Medical and sanitary report on the native army of Bombay for the year
Year: 1879
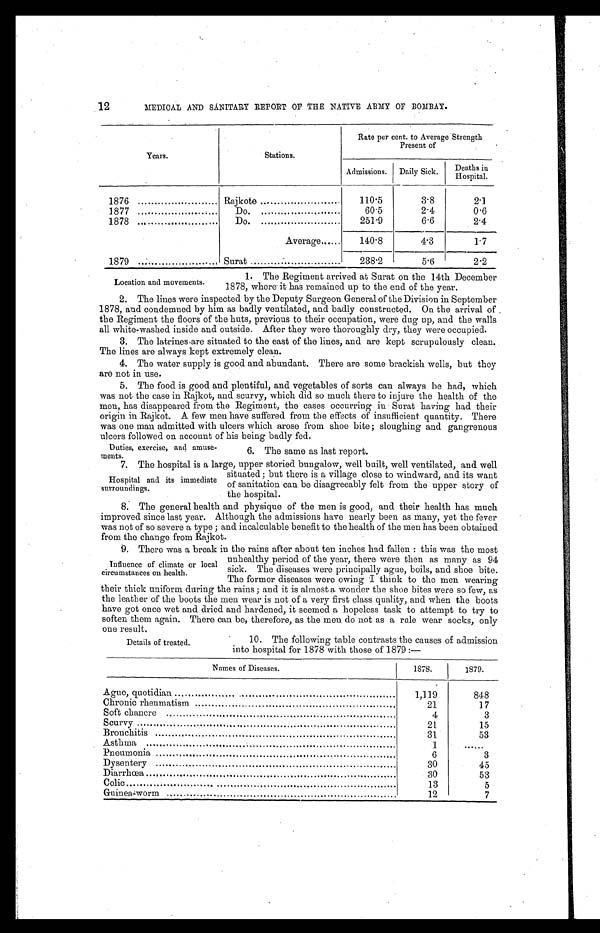
12
MEDICAL AND SANITARY REPORT OF THE NATIVE ARMY OF BOMBAY.
Years.
Stations.
Rate per cent. to Average Strength
Present of
Admissions. Daily Sick.
D e a t h s
i n
H o s p i t a l .
1876
Rajkote
.
110.5
3.8
2.1
1877
Do.
60.5
2.4
0.6
1878 ...
Do.
251.9
6.6
2.4
Average
140.8
4.3
1.7
1879 . . . . . . . . . . . . . . . . . . . . . . . . . . . . . . .
Surat
238.2
5.6
2.2
Location and movements.
1. The Regiment arrived at Surat on the 14th December
1878, where it has remained up to the end of the year.
2. The lines were inspected by the Deputy Surgeon General of the Division in September
1878, and condemned by him as badly ventilated, and badly constructed. On the arrival of
the Regiment the floors of the huts, previous to their occupation, were dug up, and the walls
all white-washed inside and outside. After they were thoroughly dry, they were occupied.
3. The latrines are situated to the east of the lines, and are kept scrupulously clean.
The lines are always kept extremely clean.
4. The water supply is good and abundant. There are some brackish wells, but they
are not in use.
5. The food is good and plentiful, and vegetables of sorts can always be had, which
was not the case in Rajkot, and scurvy, which did so much there to injure the health of the
men, has disappeared from the Regiment, the cases occurring in Surat having had their
origin in Rajkot. A few men have suffered from the effects of insufficient quantity. There
was one man admitted with ulcers which arose from shoe bite ; sloughing and gangrenous
ulcers followed on account of his being badly fed.
Duties, exercise, and amuse-
ments.
6. The same as last report.
7. The hospital is a large, upper storied bungalow, well built, well ventilated, and well
Hospital and its immediate
surroundings.
situated ; but there is a village close to windward, and its want
of sanitation can be disagreeably felt from the upper story of
the hospital.
8. The general health and physique of the men is good, and their health has much
improved since last year. Although the admissions have nearly been as many, yet the fever
was not of so severe a type ; and incalculable benefit to the health of the men has been obtained
from the change from Rajkot.
9. There was a break in the rains after about ten inches had fallen : this was the most
unhealthy period of the year, there were then as many as 94
sick. The diseases were principally ague, boils, and shoe bite.
The former diseases were owing I think to the men wearing
their thick uniform during the rains ; and it is almost a wonder the shoe bites were so few, as
the leather of the boots the men wear is not of a very first class quality, and when the boots
have got once wet and dried and hardened, it seemed a hopeless task to attempt to try to
soften them again. There can be, therefore, as the men do not as a rule wear socks, only
one result.
Influence of climate or local
circumstances on health.
Details of treated.
10. The following table contrasts the causes of admission
into hospital for 1878 with those of 1879 :—
Names of Diseases.
1878.
1879.
Ague, quotidian
1,119
848
Chronic rheumatism
21
17
Soft chancre
4
3
Scurvy
21
15
Bronchitis
31
53
Asthma
1
.....
Pneumonia
6
3
Dysentery
30
45
Diarrhœa
30
53
Colic
13
5
Guinea-worm
12
7